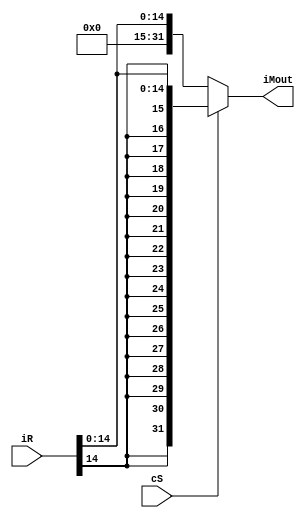
`timescale 1ns / 1ps
//////////////////////////////////////////////////////////////////////////////////
// Company: 
// Engineer: 
// 
// Design Name: 
// Module Name: constantUnit
// Project Name: 
// Target Devices: 
// Tool Versions: 
// Description: 
// 
// Dependencies: 
// 
// Revision:
// Revision 0.01 - File Created
// Additional Comments:
// 
//////////////////////////////////////////////////////////////////////////////////


module constantUnit(
    input [31:0] iR,
    input cS,
    output [31:0] iMout
    );
    
    assign iMout = cS ? {{17{iR[14]}}, iR[14:0]} : { 17'b0, iR[14:0]};
    
    
endmodule